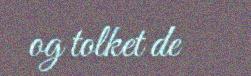
og tolket de